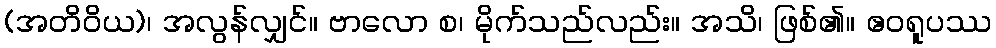
(အတိဝိယ)၊ အလွန်လျှင်။ ဗာလော စ၊ မိုက်သည်လည်း။ အသိ၊ ဖြစ်၏။ ဧဝရူပဿ